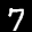
Label: 7